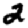
Digit: 2